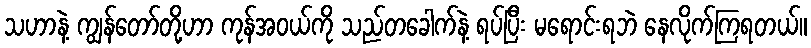
သဟာနဲ့ ကျွန်တော်တို့ဟာ ကုန်အဝယ်ကို သည်တခေါက်နဲ့ ရပ်ပြီး မရောင်းရဘဲ နေလိုက်ကြရတယ်။